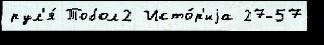
рул'я́ Тобол2 Исто́р'иjа 27-57